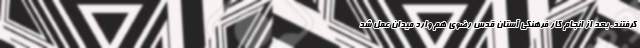
گرفتند. بعد از انجام کار فرهنگی آستان قدس رضوی هم وارد میدان عمل شد